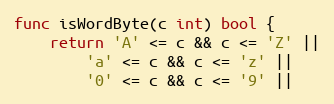
Language: Go
func isWordByte(c int) bool {
	return 'A' <= c && c <= 'Z' ||
		'a' <= c && c <= 'z' ||
		'0' <= c && c <= '9' ||